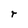
Character: r